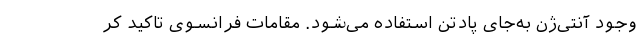
وجود آنتی‌ژن به‌جای پادتن استفاده می‌شود. مقامات فرانسوی تاکید کر